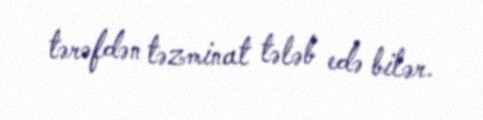
tərəfdən təzminat tələb edə bilər.